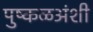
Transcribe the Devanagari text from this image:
पुष्कळअंशी